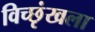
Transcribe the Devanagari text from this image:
विच्छृंखला